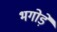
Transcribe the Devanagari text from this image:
भगोड़ें